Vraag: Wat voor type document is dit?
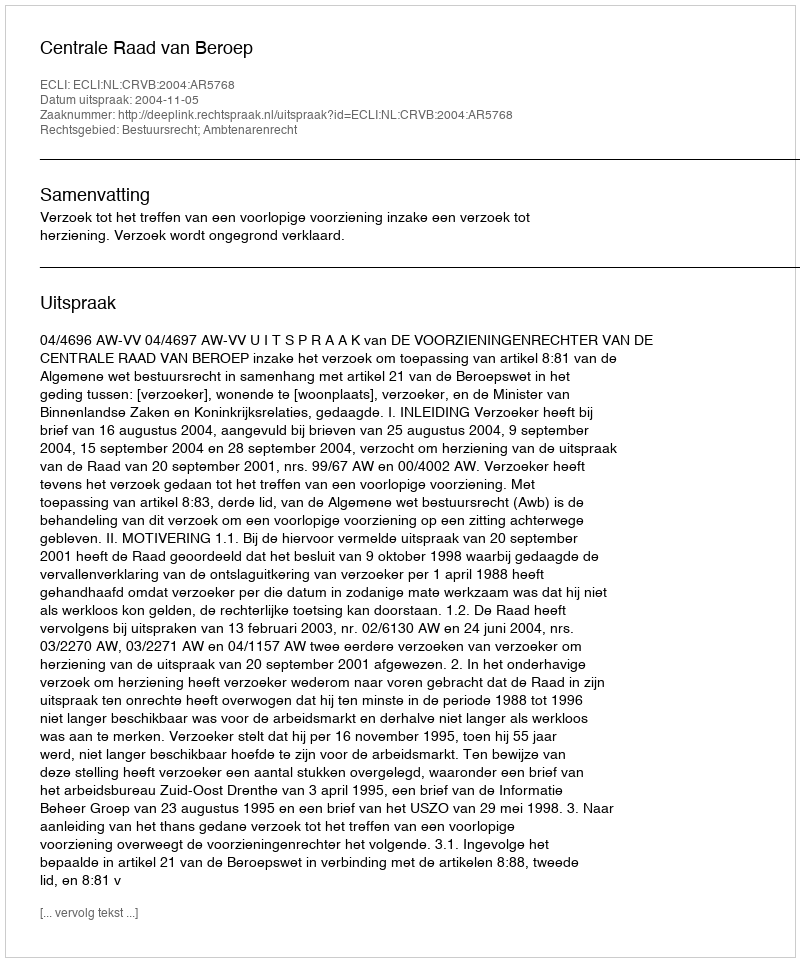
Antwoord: Uitspraak